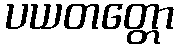
ပယတတ္တော